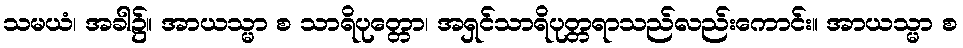
သမယံ၊ အခါ၌။ အာယသ္မာ စ သာရိပုတ္တော၊ အရှင်သာရိပုတ္တရာသည်လည်းကောင်း။ အာယသ္မာ စ